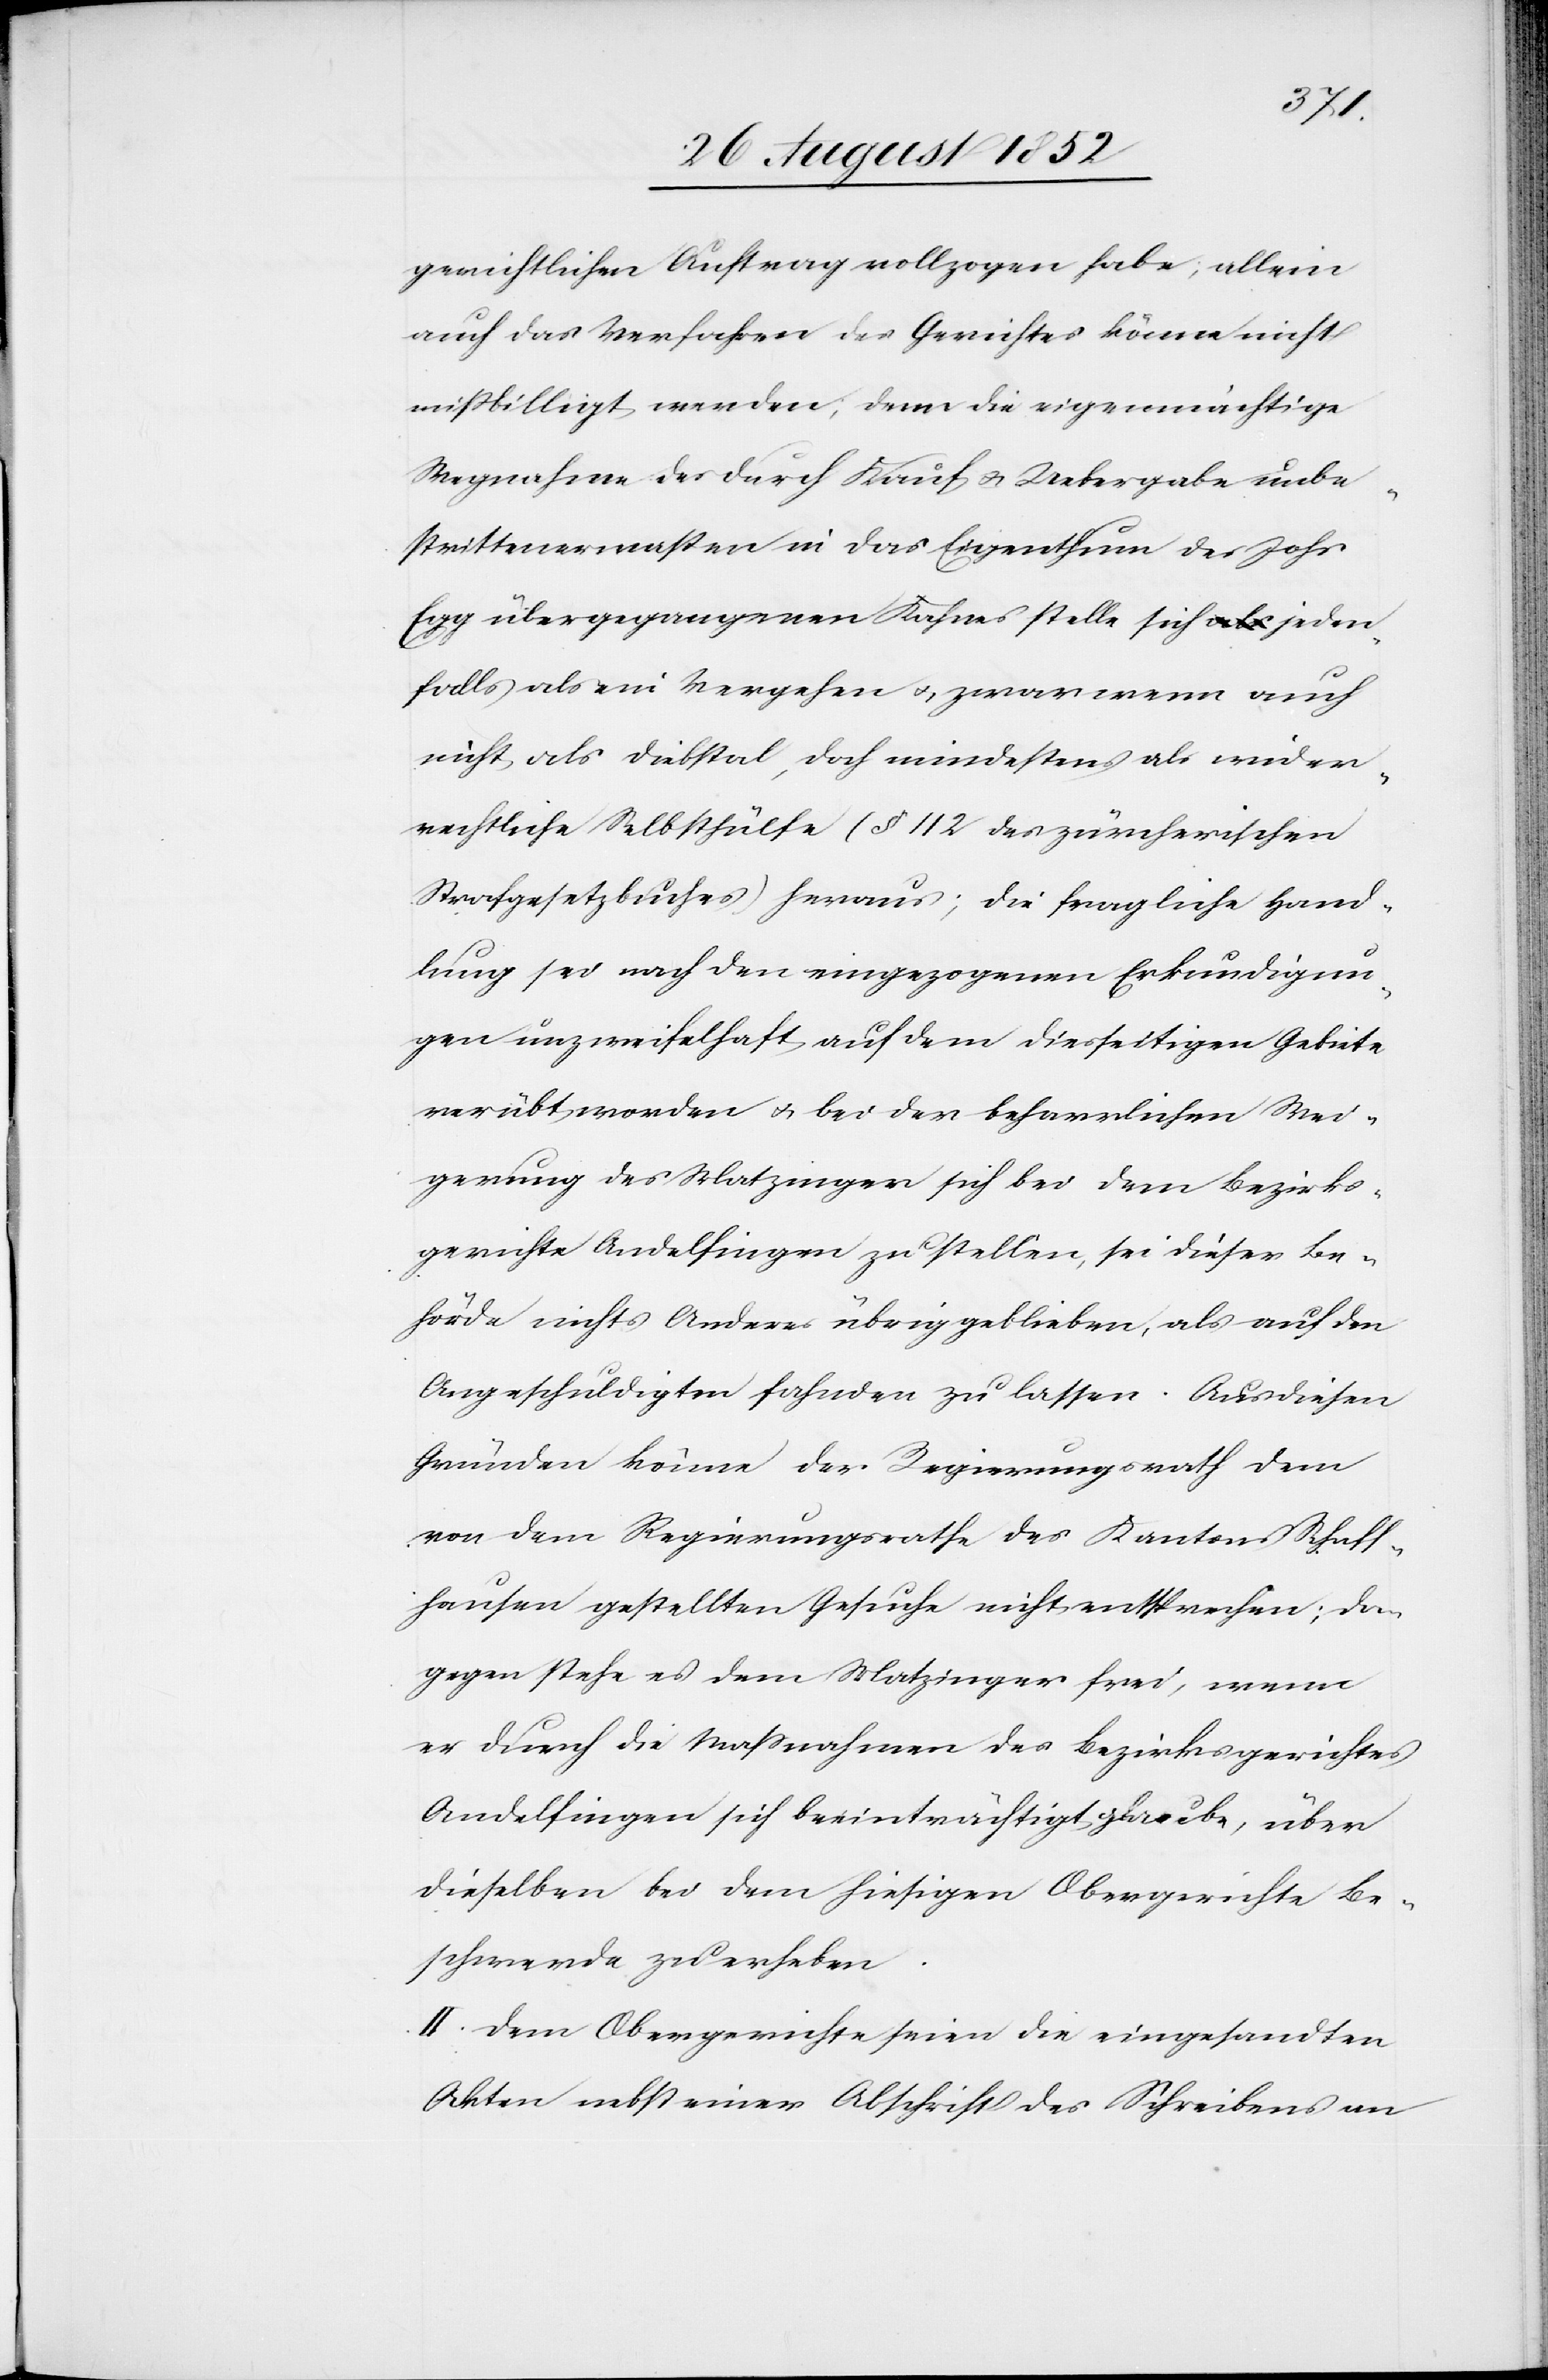
gerichtlichen Auftrag vollzogen habe; allein
auch das Verfahren des Gerichtes könne nicht
mißbilligt werden, denn die eigenmächtige
Wegnahme des durch Kauf & Uebergabe unbe¬
strittenermaßen in das Eigenthum des Johs
Egg übergegangenen Kahnes stelle sich jeden¬
falls als ein Vergehen & zwar wenn auch
nicht als Diebstal, doch mindestens als wider¬
rechtliche Selbsthülfe (§ 112 des zürcherischen
Strafgesetzbuches) heraus; die fragliche Hand¬
lung sei nach den eingezogenen Erkundigun¬
gen unzweifelhaft auf dem diesseitigen Gebiete
verübt worden & bei der beharrlichen Wei¬
gerung des Matzinger sich bei dem Bezirks¬
gerichte Andelfingen zu stellen, sei dieser Be¬
hörde nichts Anderes übrig geblieben, als auf den
Angeschuldigten fahnden zu lassen. Aus diesen
Gründen könne der Regierungsrath dem
von dem Regierungsrathe des Kantons Schaff¬
hausen gestellten Gesuche nicht entsprechen; da¬
gegen stehe es dem Matzinger frei, wenn
er durch die Massnahmen des Bezirksgerichtes
Andelfingen sich beeinträchtigt glaube, über
dieselben bei dem hiesigen Obergerichte Be¬
schwerde zu erheben.
II. Dem Obergerichte seien die eingesandten
Akten nebst einer Abschrift des Schreibens an